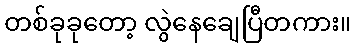
တစ်ခုခုတော့ လွဲနေချေပြီတကား။